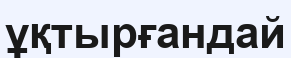
ұқтырғандай